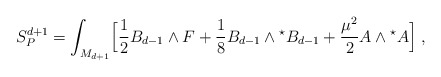
\begin{align*}S_{P}^{d+1}=\int_{M_{d+1}}\Bigl[{1\over 2}B_{d-1} \wedge F+{1 \over 8}B_{d-1} \wedge{}^{\star}B_{d-1}+{\mu^2 \over 2}A \wedge{}^{\star}A\Bigl] \;,\end{align*}